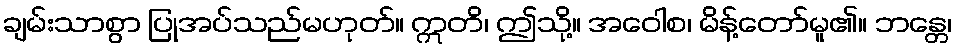
ချမ်းသာစွာ ပြုအပ်သည်မဟုတ်။ ဣတိ၊ ဤသို့။ အဝေါစ၊ မိန့်တော်မူ၏။ ဘန္တေ၊